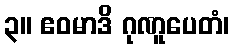
၃။ ဧဝမာဒိ ဂုဏူပေတံ၊